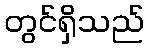
တွင်ရှိသည်